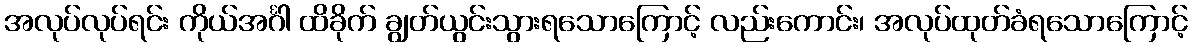
အလုပ်လုပ်ရင်း ကိုယ်အင်္ဂါ ထိခိုက် ချွတ်ယွင်းသွားရသောကြောင့် လည်းကောင်း၊ အလုပ်ထုတ်ခံရသောကြောင့်